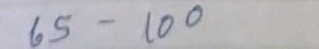
65 - 100